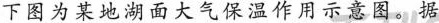
下图为某地湖面大气保温作用示意图。据